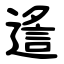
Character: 䢣